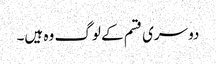
دوسری قسم کے لوگ وہ ہیں۔